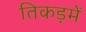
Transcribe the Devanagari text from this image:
तिकड़में